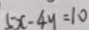
5 x - 4 y = 1 0